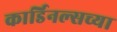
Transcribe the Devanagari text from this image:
कार्डिनल्सच्या